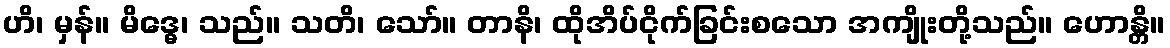
ဟိ၊ မှန်။ မိဒ္ဓေ၊ သည်။ သတိ၊ သော်။ တာနိ၊ ထိုအိပ်ငိုက်ခြင်းစသော အကျိုးတို့သည်။ ဟောန္တိ။